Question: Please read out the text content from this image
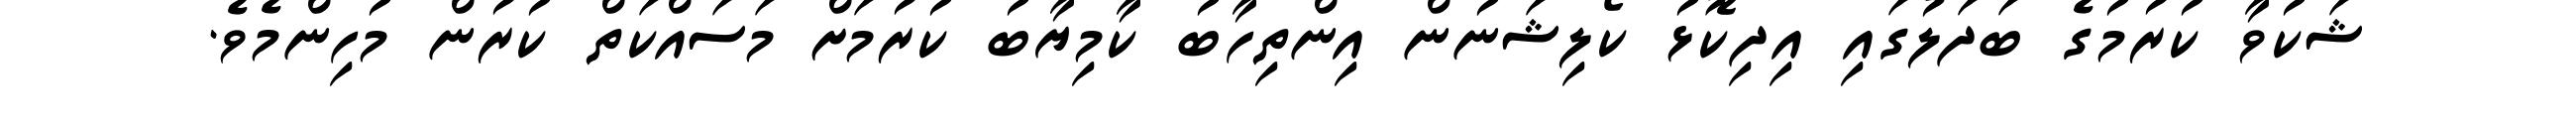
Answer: ޝަކުވާ ކުރުމުގެ ބަދަލުގައި އިދިކޮޅު ކޯލިޝަނުން އިންތިހާބު ކާމިޔާބު ކުރުމަށް މަސައްކަތް ކުރުން މުހިންމެވެ.